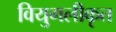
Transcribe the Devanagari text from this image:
वियुगलीकृत